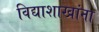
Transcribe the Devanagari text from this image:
विद्याशाखांना